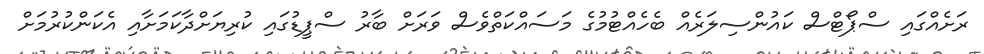
ރަށެއްގައި ސްޕޯޓްސް ކައުންސިލަރެއް ބެހެއްޓުމުގެ މަސައްކަތްވެސް ވަރަށް ބާރު ސްޕީޑުގައި ކުރިޔަށްދާކަމަށާއި އެކަންކުރުމަށް